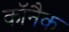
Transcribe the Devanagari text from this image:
कॉनैक